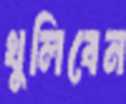
খুলিবেন